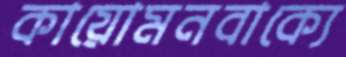
কায়োমনবাক্যে